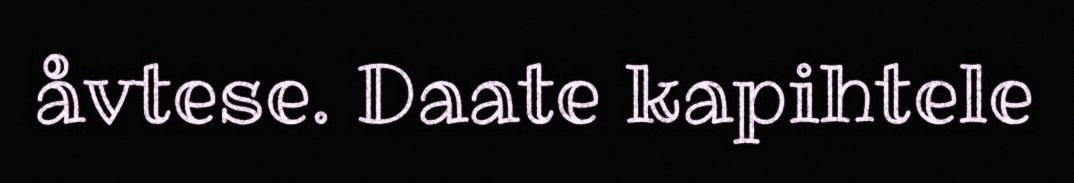
åvtese. Daate kapihtele